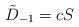
LaTeX: \begin{align*}\tilde D_{-1} = c S\end{align*}